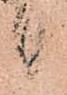
候